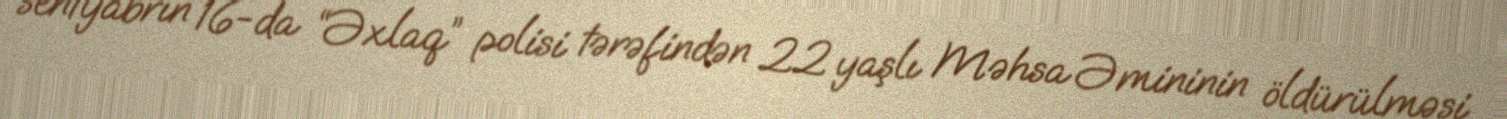
sentyabrın 16-da “Əxlaq” polisi tərəfindən 22 yaşlı Məhsa Əmininin öldürülməsi